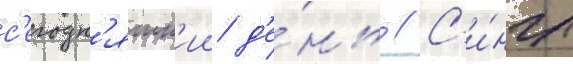
с'егодн'яшн'ии д'е́нь // С'и́нгл